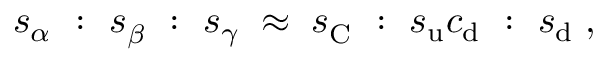
s _ { \alpha } ~ : ~ s _ { \beta } ^ { ~ } ~ : ~ s _ { \gamma } \; \approx \; s _ { \mathrm { C } } ^ { ~ } ~ : ~ s _ { \mathrm { u } } c _ { \mathrm { d } } ~ : ~ s _ { \mathrm { d } } \; ,